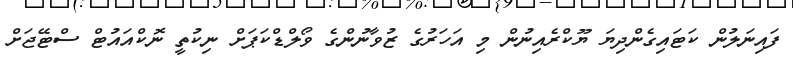
ފައިނަލުން ކަޓައިގެންދިޔަ ޔޫކްރެއިނުން މި އަހަރުގެ ޒުވާނުންގެ ވޯލްޑްކަޕަށް ނިކުތީ ނޮކްއައުޓް ސްޓޭޖަށް